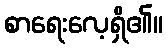
စာရေးလေ့ရှိ၏။